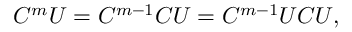
C ^ { m } U = C ^ { m - 1 } C U = C ^ { m - 1 } U C U ,